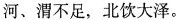
河、渭不足，北饮大泽。